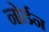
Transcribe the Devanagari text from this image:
नोर्डन